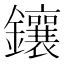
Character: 鑲